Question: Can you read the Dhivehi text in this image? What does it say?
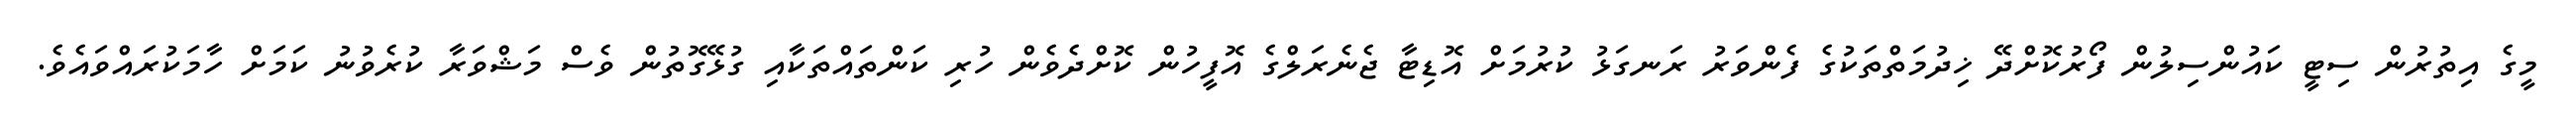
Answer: މީގެ އިތުރުން ސިޓީ ކައުންސިލުން ފޯރުކޮށްދޭ ޚިދުމަތްތަކުގެ ފެންވަރު ރަނގަޅު ކުރުމަށް އޮޑިޓާ ޖެނެރަލްގެ އޮފީހުން ކޮށްދެވެން ހުރި ކަންތައްތަކާއި ގުޅޭގޮތުން ވެސް މަޝްވަރާ ކުރެވުނު ކަމަށް ހާމަކުރައްވައެވެ.